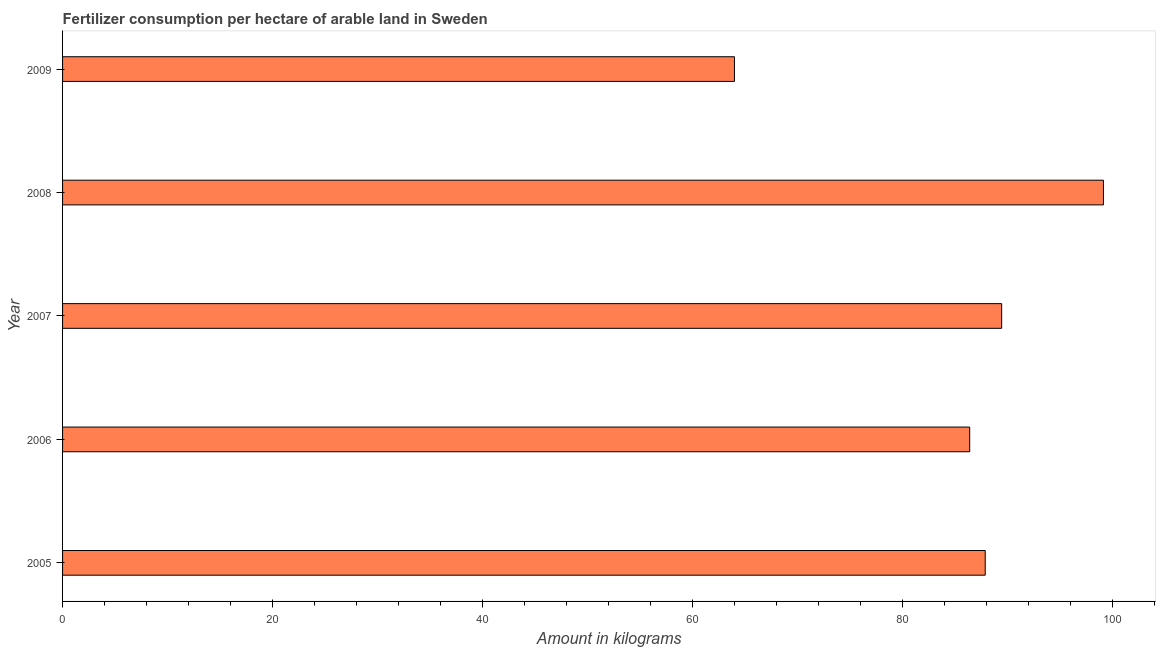
| Year | Fertilizer consumption |
 | --- | --- |
 | 2005 | 87.9 |
 | 2006 | 86.4 |
 | 2007 | 89.5 |
 | 2008 | 99.2 |
 | 2009 | 64 |